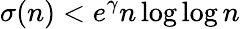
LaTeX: \sigma(n)<e^{\gamma}n\log\log n